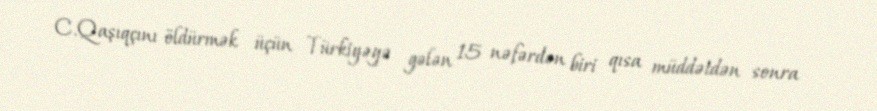
C.Qaşıqçını öldürmək üçün Türkiyəyə gələn 15 nəfərdən biri qısa müddətdən sonra